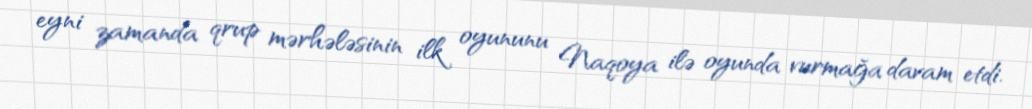
eyni zamanda qrup mərhələsinin ilk oyununu Naqoya ilə oyunda vurmağa davam etdi.